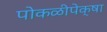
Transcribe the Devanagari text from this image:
पोकळीपेक्षा